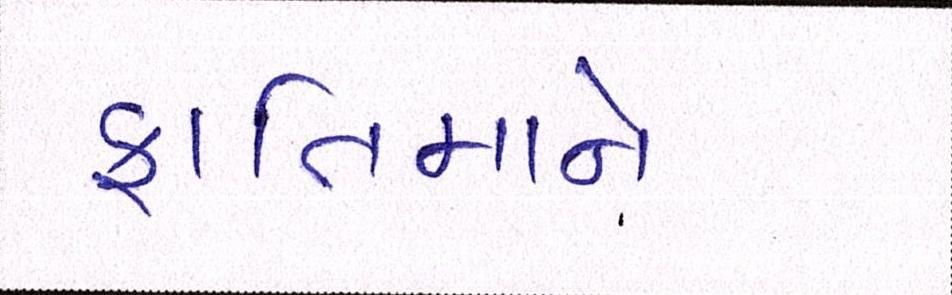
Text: ફાતિમાને